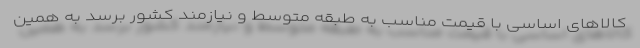
کالاهای اساسی با قیمت مناسب به طبقه متوسط و نیازمند کشور برسد به همین